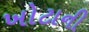
ખોટાની